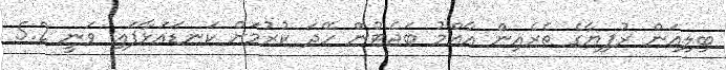
ބިލިއަން ރުފިޔާގެ ތެރެއިން އާއްމު ބަޖެޓުން ހޭދަ ކުރުމަށް ކަނޑައަޅާފައި ވަނީ 5.2